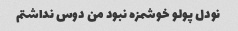
نودل پولو خوشمزه نبود من دوس نداشتم